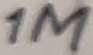
Text: 1M